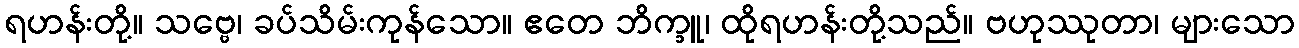
ရဟန်းတို့။ သဗ္ဗေ၊ ခပ်သိမ်းကုန်သော။ ဧတေ ဘိက္ခူ၊ ထိုရဟန်းတို့သည်။ ဗဟုဿုတာ၊ များသော